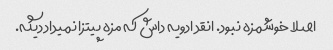
اصلا خوشمزه نبود. انقد ادویه داش که مزه پیتزا نمیداد دیگه.